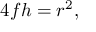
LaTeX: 4 f h = r ^ { 2 } ,